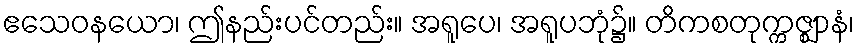
ဧသေဝနယော၊ ဤနည်းပင်တည်း။ အရူပေ၊ အရူပဘုံ၌။ တိကစတုက္ကဇ္ဈာနံ၊